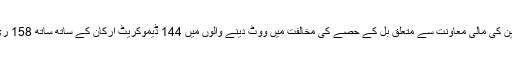
جمعے کو بے روزگار ملازمین کی مالی معاونت سے متعلق بِل کے حصے کی مخالفت میں ووٹ دینے والوں میں 144 ڈیموکریٹ ارکان کے ساتھ ساتھ 158 ری پبلکن ارکان بھی شامل تھے۔